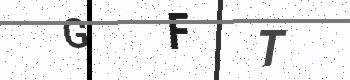
Text: GFT